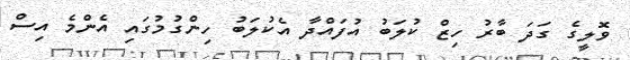
ވޮލީގެ ގަދަ ބާރު ހިޒް ކުލަބު އުފައްދާ އެކުލަބު ހިންގުމުގައި އެންމެ އިސް